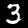
Label: 3